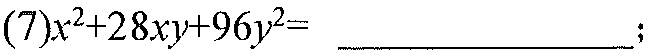
(7)$x^{2}+28xy + 96y^{2}=$ \_\_\_\_\_\_\_\_\_\_\_\_\_\_ ;